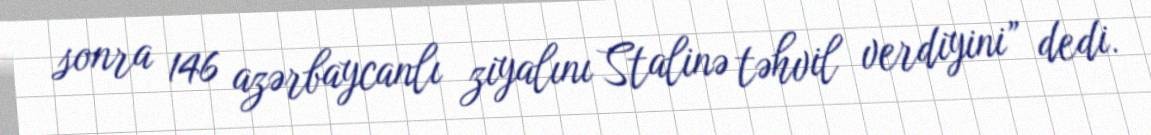
sonra 146 azərbaycanlı ziyalını Stalinə təhvil verdiyini” dedi.